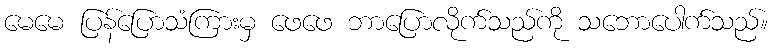
မေမေ ပြန်ပြောသံကြားမှ ဖေဖေ ဘာပြောလိုက်သည်ကို သဘောပေါက်သည်။